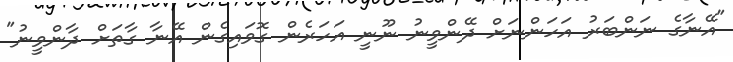
"އޭނާގެ ނަންބަރު އަހަންނަށް ދޭންވީނު ނޫނީ އަހަރެން ގޮވައިގެން އޭނާ ގާތަށް ދާންވީނު"